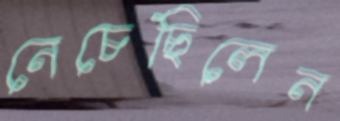
নেচেছিলেন